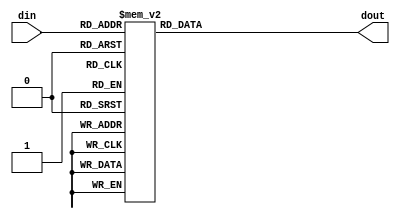
`timescale 1ns / 1ps
//////////////////////////////////////////////////////////////////////////////////
// Company: 
// Engineer: 
// 
// Design Name: 
// Module Name: decoder_38
// Project Name: 
// Target Devices: 
// Tool Versions: 
// Description: 
// 
// Dependencies: 
// 
// Revision:
// Revision 0.01 - File Created
// Additional Comments:
// 
//////////////////////////////////////////////////////////////////////////////////

module decoder_38(
	input		[2:0]	din,
	output	reg [7:0]	dout
				 );
	always @(*)begin
		case(din)
			3'b000:dout<=8'b0000_0000;
			3'b001:dout<=8'b0000_0001;
			3'b010:dout<=8'b0000_0010;
			3'b011:dout<=8'b0000_0100;
			3'b100:dout<=8'b0000_1000;
			3'b101:dout<=8'b0001_0000;
			3'b110:dout<=8'b0010_0000;
			3'b111:dout<=8'b0100_0000;
			default:;
		endcase
	end
endmodule